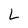
Character: L